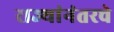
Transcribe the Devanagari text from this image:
राज्यांनंतरचे